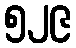
၅၂၉